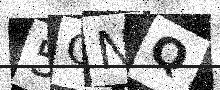
Text: 5ONQ